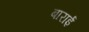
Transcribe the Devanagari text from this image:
बाराई